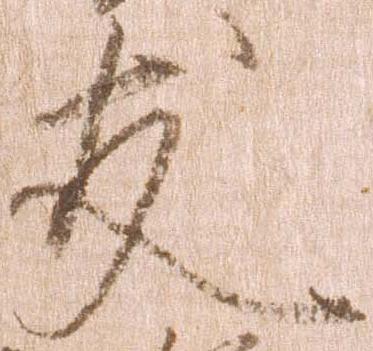
友